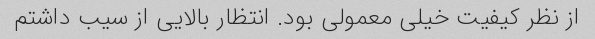
از نظر کیفیت خیلی معمولی بود. انتظار بالایی از سیب داشتم